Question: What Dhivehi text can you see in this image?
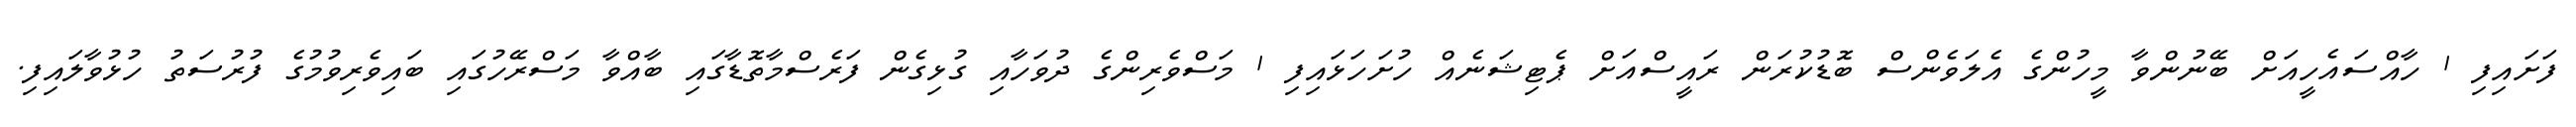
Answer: ފަށައިފި 1 ހާއްސައެހީއަށް ބޭނުންވާ މީހުންގެ އެލަވެންސް ބޮޑުކުރަން ރައީސްއަށް ޕެޓިޝަނެއް ހުށަހަޅައިފި 1 މަސްވެރިންގެ ދުވަހާއި ގުޅިގެން ފަރެސްމާތޮޑާގައި ބާއްވާ މަސްރޭހުގައި ބައިވެރިވުމުގެ ފުރުސަތު ހުޅުވާލައިފި.